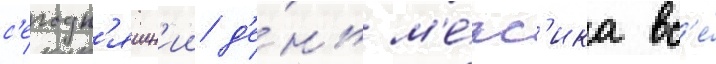
с'егодн'яшн'ии д'е́нь м'е́кс'ика вс'е́